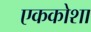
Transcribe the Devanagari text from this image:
एककोशा